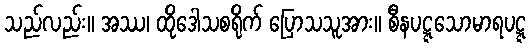
သည်လည်း။ အဿ၊ ထိုဒေါသစရိုက် ပြောသသူအား။ စီနပဋ္ဋသောမာရပဋ္ဋ